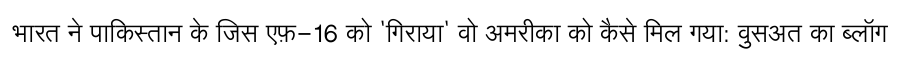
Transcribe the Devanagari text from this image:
भारत ने पाकिस्तान के जिस एफ़-16 को 'गिराया' वो अमरीका को कैसे मिल गया: वुसअत का ब्लॉग